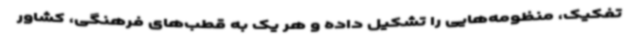
تفکیک، منظومه‌هایی را تشکیل داده و هر یک به قطب‌های فرهنگی، کشاور